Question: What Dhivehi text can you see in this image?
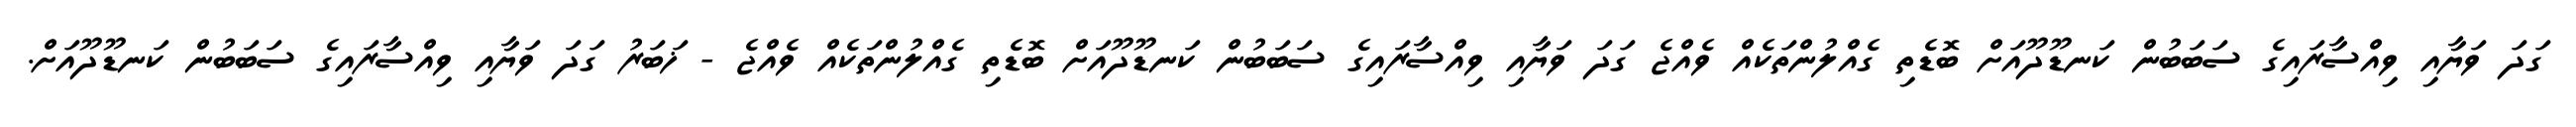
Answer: ގަދަ ވަޔާއި ވިއްސާރައިގެ ސަބަބުން ކަނޑޫދޫއަށް ބޮޑެތި ގެއްލުންތަކެއް ވެއްޖެ ގަދަ ވަޔާއި ވިއްސާރައިގެ ސަބަބުން ކަނޑޫދޫއަށް ބޮޑެތި ގެއްލުންތަކެއް ވެއްޖެ - ޚަބަރު ގަދަ ވަޔާއި ވިއްސާރައިގެ ސަބަބުން ކަނޑޫދޫއަށް.